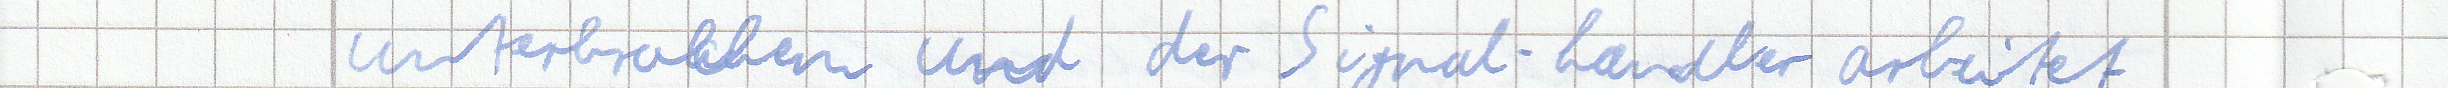
unterbrochen und der Signal-handler arbeitet